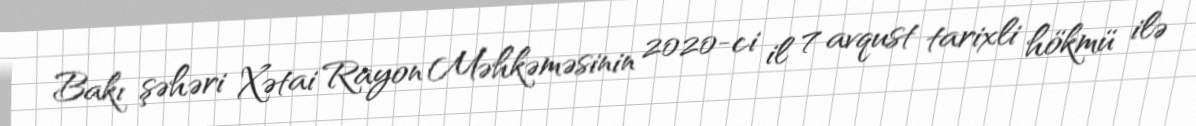
Bakı şəhəri Xətai Rayon Məhkəməsinin 2020-ci il 7 avqust tarixli hökmü ilə